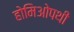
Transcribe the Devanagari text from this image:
होमिओपथी